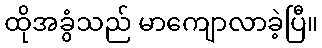
ထိုအခွံသည် မာကျောလာခဲ့ပြီ။